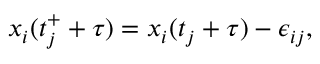
{ x } _ { i } ( t _ { j } ^ { + } + \tau ) = { x } _ { i } ( t _ { j } + \tau ) - \epsilon _ { i j } ,